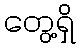
တွေ့ရှိ